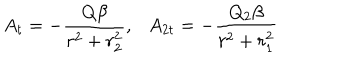
LaTeX: A _ { t } = - \frac { Q \beta } { r ^ { 2 } + r _ { 2 } ^ { 2 } } , A _ { 2 t } = - \frac { Q _ { 2 } \beta } { r ^ { 2 } + r _ { 1 } ^ { 2 } }